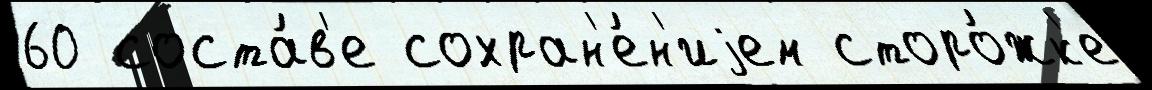
60 соста́в'е сохран'е́н'иjем сторо́жк'е